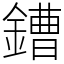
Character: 鏪